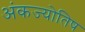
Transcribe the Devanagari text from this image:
अंकज्योतिष